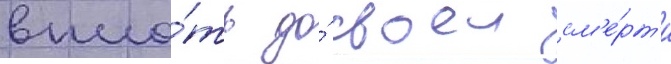
впло́ть до́ своеи см'е́рт'и